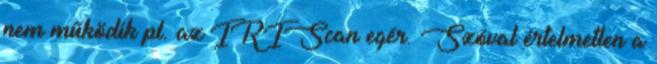
nem működik pl. az IRIScan egér. Szóval értelmetlen a